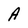
Character: A